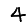
Digit: 4